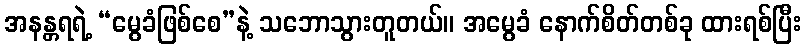
အနန္တရရဲ့ “မွေခံဖြစ်စေ”နဲ့ သဘောသွားတူတယ်။ အမွေခံ နောက်စိတ်တစ်ခု ထားရစ်ပြီး